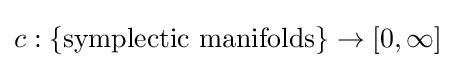
c:\{{\text{symplectic manifolds}}\}\to [0,\infty ]